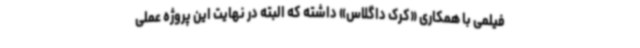
فیلمی با همکاری «کرک داگلاس» داشته که البته در نهایت این پروژه عملی